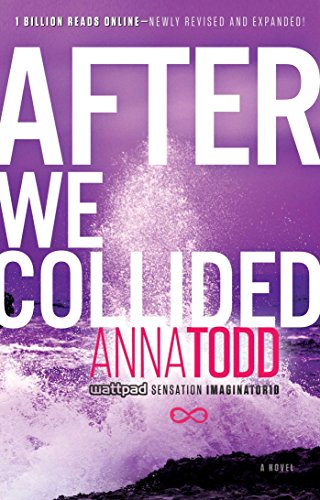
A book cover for After We Collided (The After Series); Anna Todd; Romance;